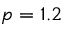
p = 1 . 2